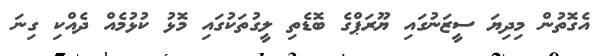
އެގޮތުން މިދިޔަ ސީޒަނުގައި ޔޫރަޕްގެ ބޮޑެތި ލީގުތަކުގައި މޮޅު ކުޅުމެއް ދެއްކި ގިނަ